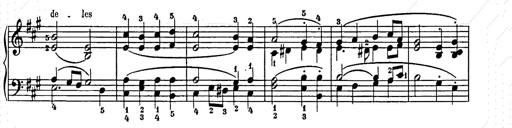
Title: Weihnachtsbaum
Composer: Franz Liszt